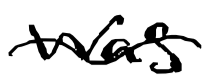
Text: was
Cross-out: mix
Writing tool: digital_black